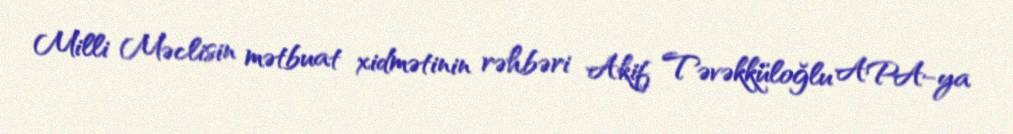
Milli Məclisin mətbuat xidmətinin rəhbəri Akif Təvəkküloğlu APA-ya